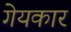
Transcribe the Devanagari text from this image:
गेयकार